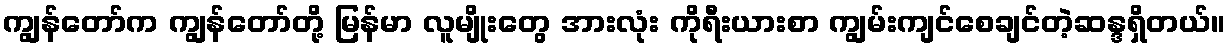
ကျွန်တော်က ကျွန်တော်တို့ မြန်မာ လူမျိုးတွေ အားလုံး ကိုရီးယားစာ ကျွမ်းကျင်စေချင်တဲ့ဆန္ဒရှိတယ်။